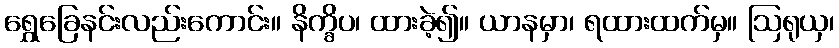
ရွှေခြေနင်းလည်းကောင်း။ နိက္ခိပ၊ ထားခဲ့၍။ ယာနမှာ၊ ရထားထက်မှ။ ဩရုယှ၊